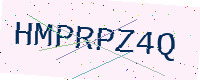
Text: HMPRPZ4Q